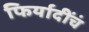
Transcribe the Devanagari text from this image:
फिर्यादींचं